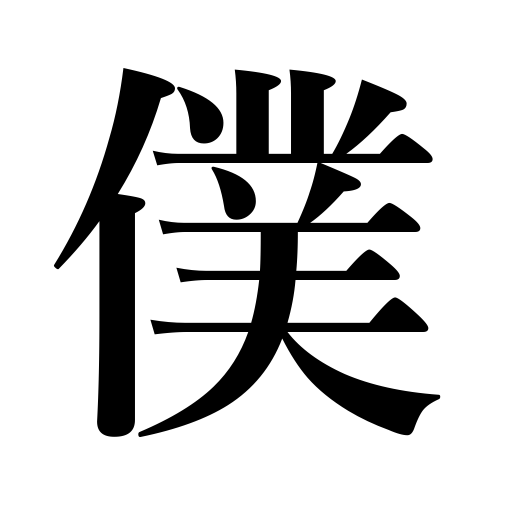
Meanings: I used by male speakers,manservant